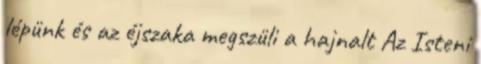
lépünk és az éjszaka megszüli a hajnalt Az Isteni